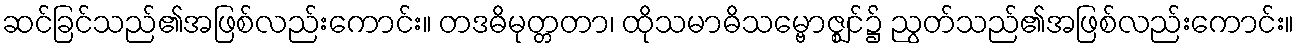
ဆင်ခြင်သည်၏အဖြစ်လည်းကောင်း။ တဒဓိမုတ္တတာ၊ ထိုသမာဓိသမ္ဗောဇ္ဈင်၌ ညွတ်သည်၏အဖြစ်လည်းကောင်း။